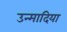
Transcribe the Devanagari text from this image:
उन्मादिया